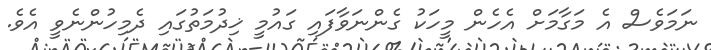
ނަމަވެސް އެ މަގާމަށް އެހެން މީހަކު ގެންނަވާފައި ގައުމީ ޚިދުމަތުގައި ދެމިހުންނެވީ އެވެ.